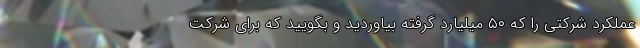
عملکرد شرکتی را که ۵٠ میلیارد گرفته بیاوردید و بگویید که برای شرکت